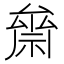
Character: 𥚪